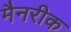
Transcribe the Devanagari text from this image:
मैनरीक